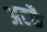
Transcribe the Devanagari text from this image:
अटकै